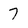
Character: 7